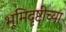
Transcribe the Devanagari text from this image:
भूमिदृष्टीच्या